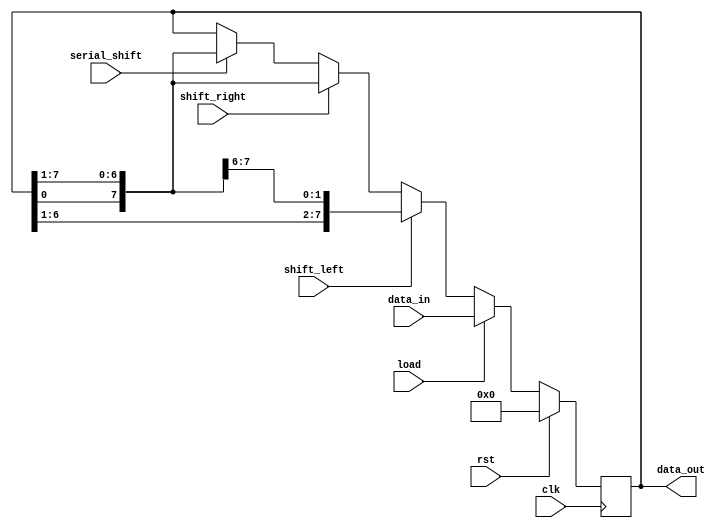
module Universal_Shift_Register(
    input wire clk,   // Clock input
    input wire rst,   // Reset input
    input wire load,  // Parallel load input
    input wire shift_left,  // Shift left input
    input wire shift_right,  // Shift right input
    input wire serial_shift, // Serial shift input
    input wire [7:0] data_in, // Input data
    output wire [7:0] data_out // Output data
);

reg [7:0] data_reg; // Internal storage register

always @(posedge clk) begin
    if(rst) begin
        data_reg <= 8'b00000000; // Reset the register
    end else begin
        if(load) begin
            data_reg <= data_in; // Parallel load operation
        end else if(shift_left) begin
            data_reg <= {data_reg[6:0], data_reg[7]}; // Shift left operation
        end else if(shift_right) begin
            data_reg <= {data_reg[0], data_reg[7:1]}; // Shift right operation
        end else if(serial_shift) begin
            data_reg <= {data_reg[0], data_reg[7:1]}; // Serial shift operation
        end
    end
end

assign data_out = data_reg; // Output data is the current state of the register

endmodule